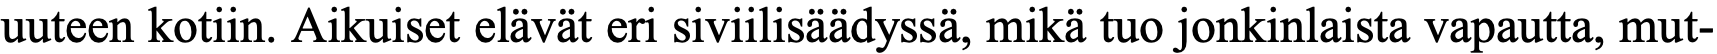
uuteen kotiin. Aikuiset elävät eri siviilisäädyssä, mikä tuo jonkinlaista vapautta, mut-